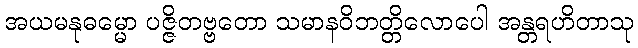
အယမနုဓမ္မော ပဇ္ဇိတဗ္ဗတော သမာနဝိဘတ္တိလောပေါ အန္တရဟိတာသု